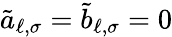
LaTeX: \tilde{a}_{\ell,\sigma}=\tilde{b}_{\ell,\sigma}=0